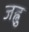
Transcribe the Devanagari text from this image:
जह्वु